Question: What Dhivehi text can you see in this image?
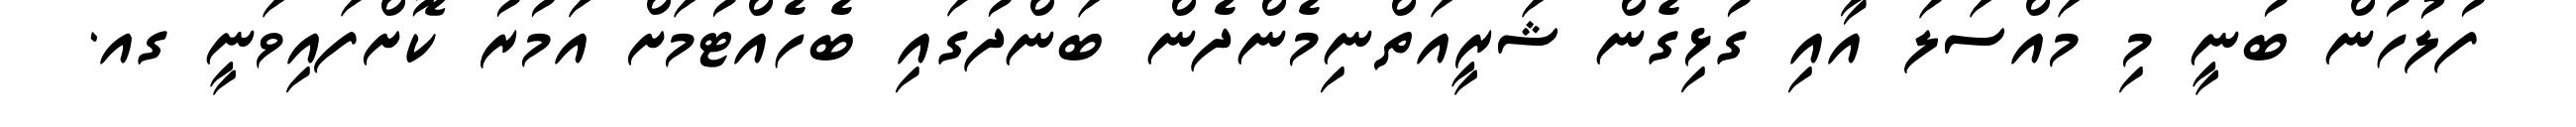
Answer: ފުލުހުން ބުނީ މި މައްސަލަ އާއި ގުޅިގެން ޝަރީއަތްނިމެންދެން ބަންދުގައި ބެހެއްޓުމަށް އަމުރު ކޮށްފައިވަނީ ގއ.